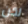
لكن